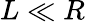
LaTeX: L\ll R